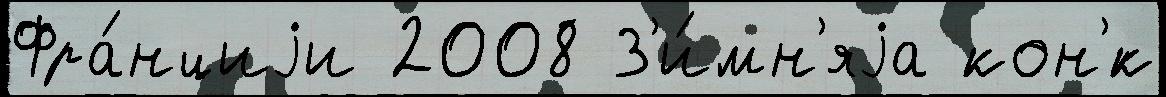
Фра́нциjи 2008 З'и́мн'яjа кон'́к